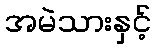
အမဲသားနှင့်